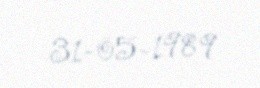
31-05-1989